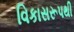
વિકાસરૂપથી